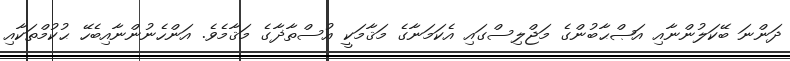
ދަންނަ ބޭކަލުންނާއި އަޞްޙާބުންގެ މަޖްލިސްގައި އެކަމަނާގެ މަޤާމަކީ އުސްތާޛާގެ މަޤާމެވެ. އަންހެނުންނާއިބެހޭ ޙުކުމްތަކާއި